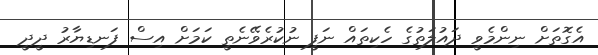
އެގޮތަށް ނިންމެވީ ދައުލަތުގެ ހެކިތައް ނަފީ ނުކުރެވޭނެތީ ކަމަށް އިސް ފަނޑިޔާރު ދީދީ